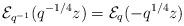
LaTeX: \begin{align*} \mathcal{E}_{q^{-1}}(q^{-1/4}z)=\mathcal{E}_{q}(-q^{1/4}z) \end{align*}